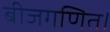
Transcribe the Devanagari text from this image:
बीजगणित।